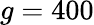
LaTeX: g=400